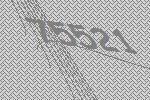
75521